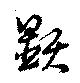
顕